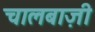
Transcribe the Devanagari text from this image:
चालबाज़ी